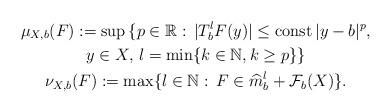
LaTeX: \begin{gather*}\mu_{X,b}(F):=\mbox{sup}\,\{p\in\mathbb{R}:\,|T_{b}^{l}F(y)|\leq \mbox{const}\,|y-b|^{p},\\y\in X,\,l=\min\{k\in\mathbb{N},k\geq p\}\}\\\nu_{X,b}(F):=\max\{l\in\mathbb{N}:\,F\in\widehat{m}_{b}^{l}+\mathcal{F}_{b}(X)\}.\end{gather*}